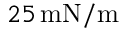
2 5 \, \mathrm { m N } / \mathrm { m }